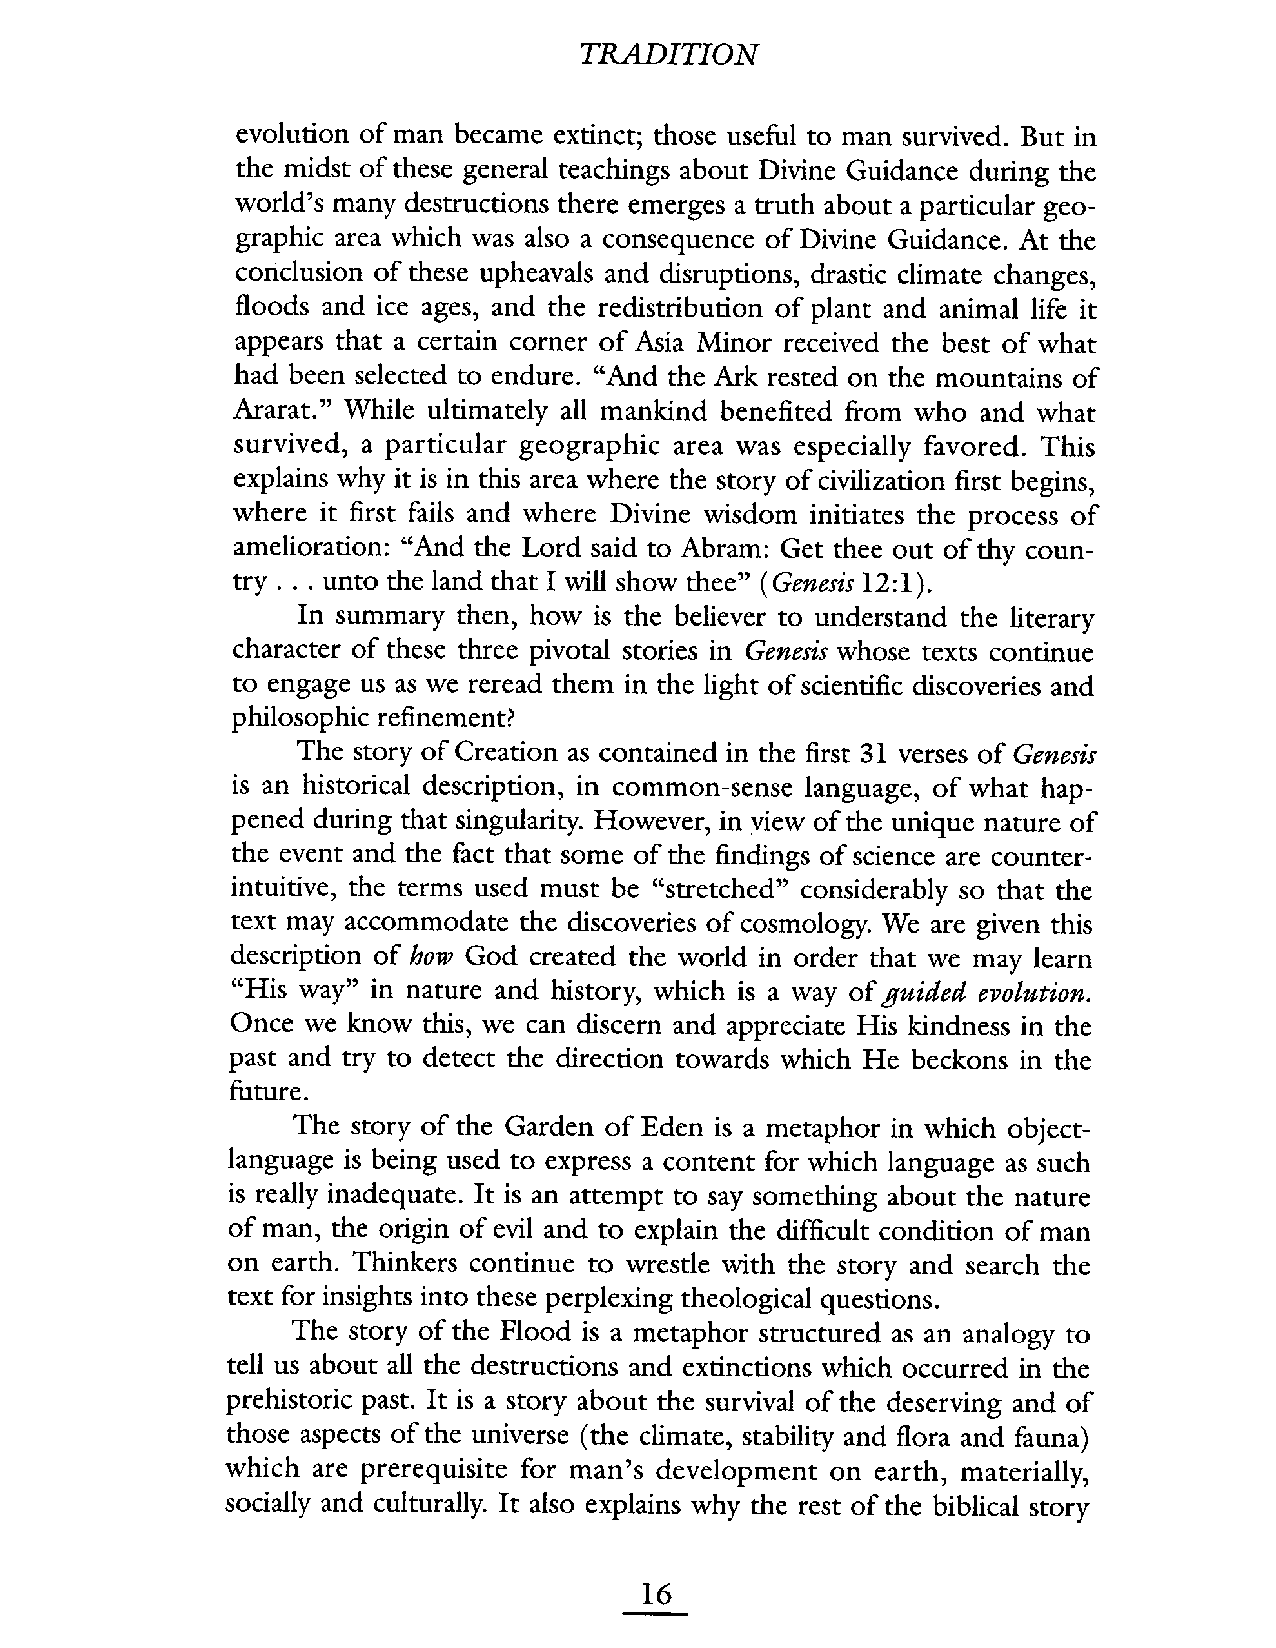
TRAITION
 evolution of man became extinct; those useful to man survived. But in
 the midst of these general teachings about Divine Guidance during the
 world's many destructions there emerges a truth about a particular geo-
 graphic area which was also a consequence of Divine Guidance. At the
 conclusion of these upheavals and disruptions, drastic climate changes,
 floods and ice ages, and the redistribution of plant and animal life it
 appears that a certain corner of Asia Minor received the best of what
 had been selected to endure. "And the Ark rested on the mountains of
 Ararat." While ultimately all mankind benefited from who and what
 survived, a particular geographic area was especially favored. This
 explains why it is in this area where the story of civilization first begins,
 where it first fails and where Divine wisdom initiates the process of
 amelioration: "And the Lord said to Abram: Get thee out of thy coun-
 try. . . unto the land that I will show thee" (Genesis 12: I).
 In summary then, how is the believer to understand the literary
 character of these three pivotal stories in Genesis whose texts continue
 to engage us as we reread them in the light of scientific discoveries and
 philosophic refinement?
 The story of Creation as contained in the first 31 verses of Genesis
 is an historical description, in common-sense language, of what hap-
 pened during that singularity. However, in view of the unique nature of
 the event and the fact that some of the findings of science are counter-
 intuitive, the terms used must be "stretched" considerably so that the
 text may accommodate the discoveries of cosmology. We are given this
 description of how God created the world in order that we may learn
 "His way" in nature and history, which is a way of guided evolution.
 Once we know this, we can discern and appreciate His kindness in the
 past and try to detect the direction towards which He beckons in the
 future.
 The story of the Garden of Eden is a metaphor in which object-
 language is being used to express a content for which language as such
 is really inadequate. It is an attempt to say something about the nature
 of man, the origin of evil and to explain the difficult condition of man
 on earth. Thinkers continue to wrestle with the story and search the
 text for insights into these perplexing theological questions.
 The story of the Flood is a metaphor structured as an analogy to
 tell us about all the destructions and extinctions which occurred in the
 prehistoric past. It is a story about the survival of the deserving and of
 those aspects of the universe (the climate, stability and flora and fauna)
 which are prerequisite for man's development on earth, materially,
 socially and culturally. It also explains why the rest of the biblical story
 16